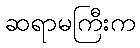
ဆရာမကြီးက